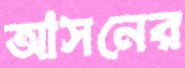
আসনের